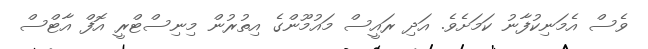
ވެސް އެމަނިކުފާނު ކަަމަށެވެ. އަދި ރައީސް މައުމޫންގެ އިތުރުން މިނިސްޓްރީ އޮފް އާޓްސް